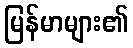
မြန်မာများ၏